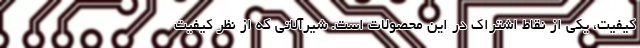
کیفیت، یکی از نقاط اشتراک در این محصولات است. شیرآلاتی که از نظر کیفیت